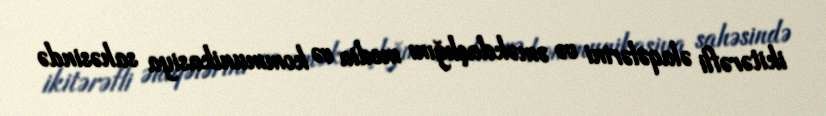
ikitərəfli əlaqələrini və əməkdaşlığını media və kommunikasiya sahəsində